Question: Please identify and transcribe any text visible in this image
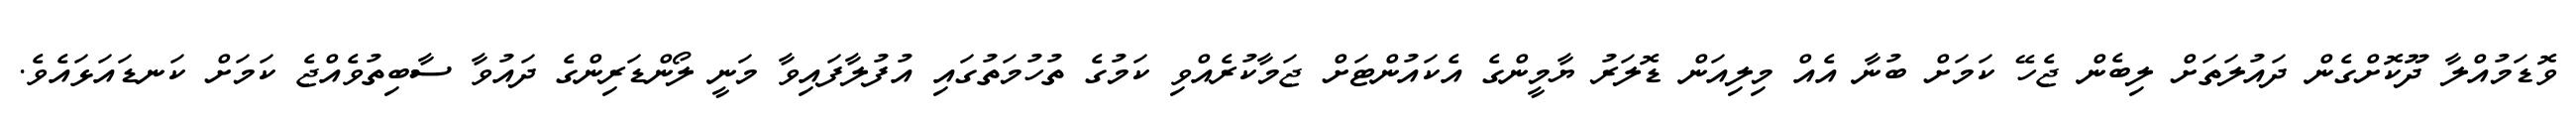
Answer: ވޮޑަމުއްލާ ދޫކޮށްގެން ދައުލަތަށް ލިބެން ޖެހޭ ކަމަށް ބުނާ އެއް މިލިއަން ޑޮލަރު ޔާމީންގެ އެކައުންޓަށް ޖަމާކުރެއްވި ކަމުގެ ތުހުމަތުގައި އުފުލާފައިވާ މަނީ ލޯންޑަރިންގެ ދައުވާ ސާބިތުވެއްޖެ ކަމަށް ކަނޑައަޅައެވެ.